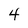
Character: 4